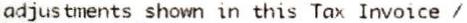
ADJUSTMENTS SHOWN IN THIS TAX INVOICE /